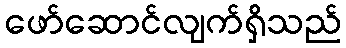
ဖော်ဆောင်လျက်ရှိသည်